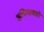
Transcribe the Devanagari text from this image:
अभिभावको